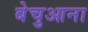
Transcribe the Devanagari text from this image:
बेचुआना